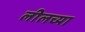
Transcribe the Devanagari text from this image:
लीलच्या